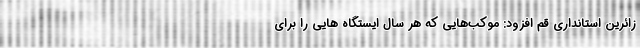
زائرین استانداری قم افزود: موکب‌هایی که هر سال ایستگاه هایی را برای